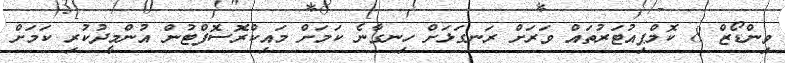
ވިންޑޯޒް 8 ކޮމްޕިއުޓަރުތައް ވަރަށް ރަނގަޅަށް ހިނގާނެ ކަމަށް މައިކްރޮސޮފްޓުން އުންމީދުކުރި ކަމަށް